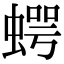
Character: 𧍞